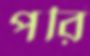
পরি